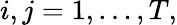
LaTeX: i,j=1,\dots,T,